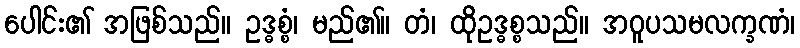
ပေါင်း၏ အဖြစ်သည်။ ဥဒ္ဓစ္စံ၊ မည်၏။ တံ၊ ထိုဥဒ္ဓစ္စသည်။ အဝူပသမလက္ခဏံ၊